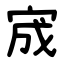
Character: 宬